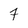
Character: 7